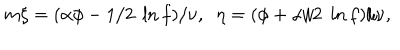
LaTeX: m \xi = ( \alpha \phi - 1 / 2 \; \ln f ) / \nu , \; \; \eta = ( \phi + \alpha / 2 \; \ln f ) / \nu ,